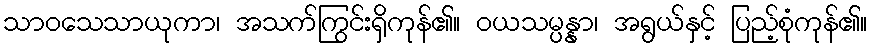
သာဝသေသာယုကာ၊ အသက်ကြွင်းရှိကုန်၏။ ဝယသမ္ပန္နာ၊ အရွယ်နှင့် ပြည့်စုံကုန်၏။